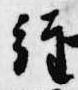
経